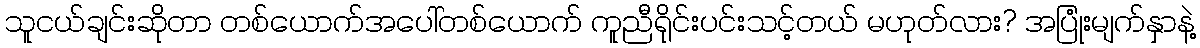
သူငယ်ချင်းဆိုတာ တစ်ယောက်အပေါ်တစ်ယောက် ကူညီရိုင်းပင်းသင့်တယ် မဟုတ်လား? အပြုံးမျက်နှာနဲ့